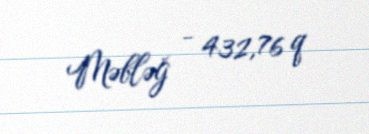
Məbləğ - 432,76 q